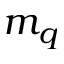
m _ { q }